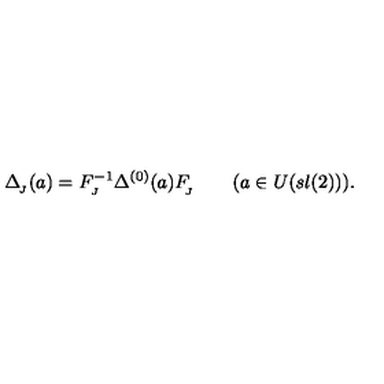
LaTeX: \Delta _ { _ { \! J } } ( a ) = F _ { _ { J } } ^ { - 1 } \Delta ^ { ( 0 ) } ( a ) F _ { _ { \! J } } ^ { } \qquad ( a \in U ( s l ( 2 ) ) ) .